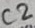
Text: C2